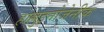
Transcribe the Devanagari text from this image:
हाल्लुइनोजेनीक